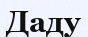
Даду